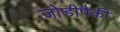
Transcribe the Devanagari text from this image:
जोडीपैकी